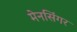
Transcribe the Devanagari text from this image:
मेनसिंगर